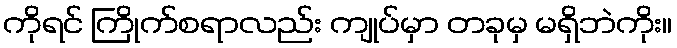
ကိုရင် ကြိုက်စရာလည်း ကျုပ်မှာ တခုမှ မရှိဘဲကိုး။